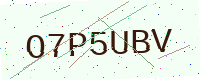
Text: O7P5UBV